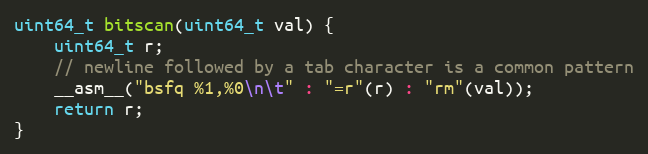
Language: C
uint64_t bitscan(uint64_t val) {
    uint64_t r;
    // newline followed by a tab character is a common pattern
    __asm__("bsfq %1,%0\n\t" : "=r"(r) : "rm"(val));
    return r;
}